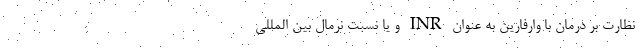
نظارت بر درمان با وارفارین به عنوان INR و یا نسبت نرمال بین المللی